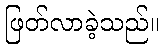
ဖြတ်လာခဲ့သည်။